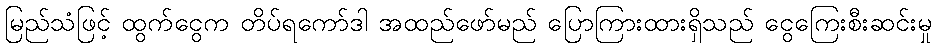
မြည်သံဖြင့် ထွက်ငွေက တိပ်ရကော်ဒါ အထည်ဖော်မည် ပြောကြားထားရှိသည် ငွေကြေးစီးဆင်းမှု